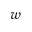
_ w